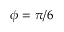
\phi = \pi / 6